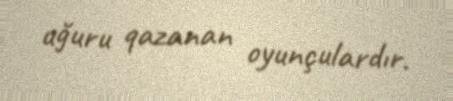
uğuru qazanan oyunçulardır.